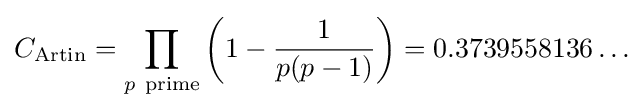
C_{\mathrm {Artin} }=\prod _{p\ \mathrm {prime} }\left(1-{\frac {1}{p(p-1)}}\right)=0.3739558136\ldots